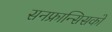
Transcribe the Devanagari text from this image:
सनफ्रान्सिसको